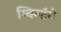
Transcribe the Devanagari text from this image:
ग्विलॉमे